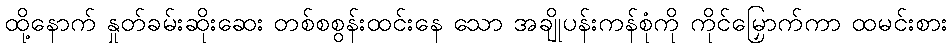
ထို့နောက် နှုတ်ခမ်းဆိုးဆေး တစ်စစွန်းထင်းနေ သော အချိုပန်းကန်စုံကို ကိုင်မြှောက်ကာ ထမင်းစား